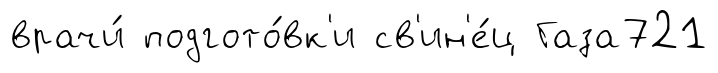
врачи́ подгото́вк'и св'ин'е́ц Газа721